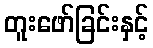
တူးဖော်ခြင်းနှင့်